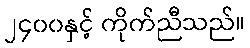
၂၄၀၀နှင့် ကိုက်ညီသည်။